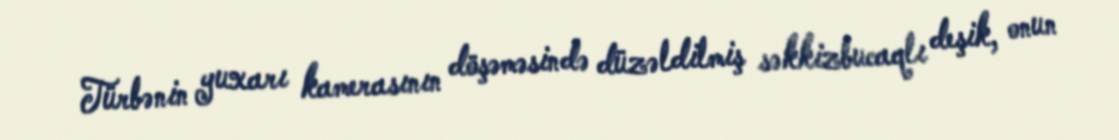
Türbənin yuxarı kamerasının döşəməsində düzəldilmiş səkkizbucaqlı deşik, onun